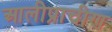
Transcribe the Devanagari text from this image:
आलीप्राचीण